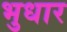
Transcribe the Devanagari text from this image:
भुधार